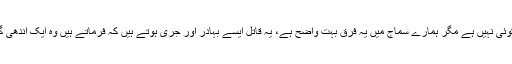
دونوں میں فرق کوئی نہیں ہے مگر ہمارے سماج میں یہ فرق بہت واضح ہے، یہ قاتل ایسے بہادر اور جری ہوتے ہیں کہ فرماتے ہیں وہ ایک اندھی گولی کا نشانہ بنی۔